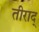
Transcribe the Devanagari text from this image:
तीराद्